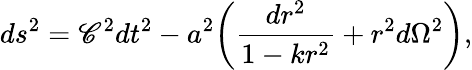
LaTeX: ds^{2}=\mathscr{C}^{2}dt^{2}-a^{2}\biggl(\frac{{dr^{2}}}{{1-kr^{2}}}+r^{2}d\Omega^{2}\biggr),